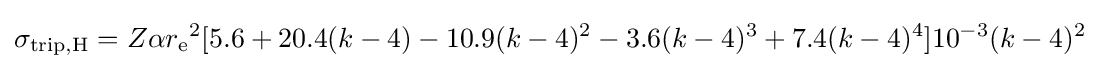
\sigma _{{\text{trip}},{\text{H}}}=Z\alpha {r_{\text{e}}}^{2}[5.6+20.4(k-4)-10.9(k-4)^{2}-3.6(k-4)^{3}+7.4(k-4)^{4}]10^{-3}(k-4)^{2}